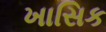
ખાસિક